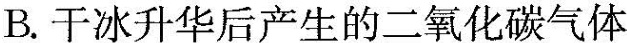
B.干冰升华后产生的二氧化碳气体